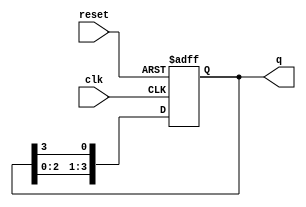
module bistable_ring_counter #(
    parameter N = 4 // Number of flip-flops
) (
    input wire clk,      // Clock signal
    input wire reset,    // Reset signal
    output reg [N-1:0] q // Output state of the counter
);

// Internal signal to track the next state
reg [N-1:0] next_q;

// Sequential logic for the ring counter
always @(posedge clk or posedge reset) begin
    if (reset) begin
        // Initialize the counter to the first state
        q <= 1'b1; // Set the first flip-flop to 1
    end else begin
        // Update the state based on the current state
        q <= next_q;
    end
end

// Combinational logic to define the next state
always @(*) begin
    next_q = {q[N-2:0], q[N-1]}; // Rotate the '1' through the flip-flops
end

endmodule